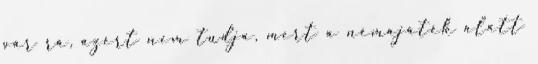
vár rá, azért nem tudja, mert a némajáték alatt